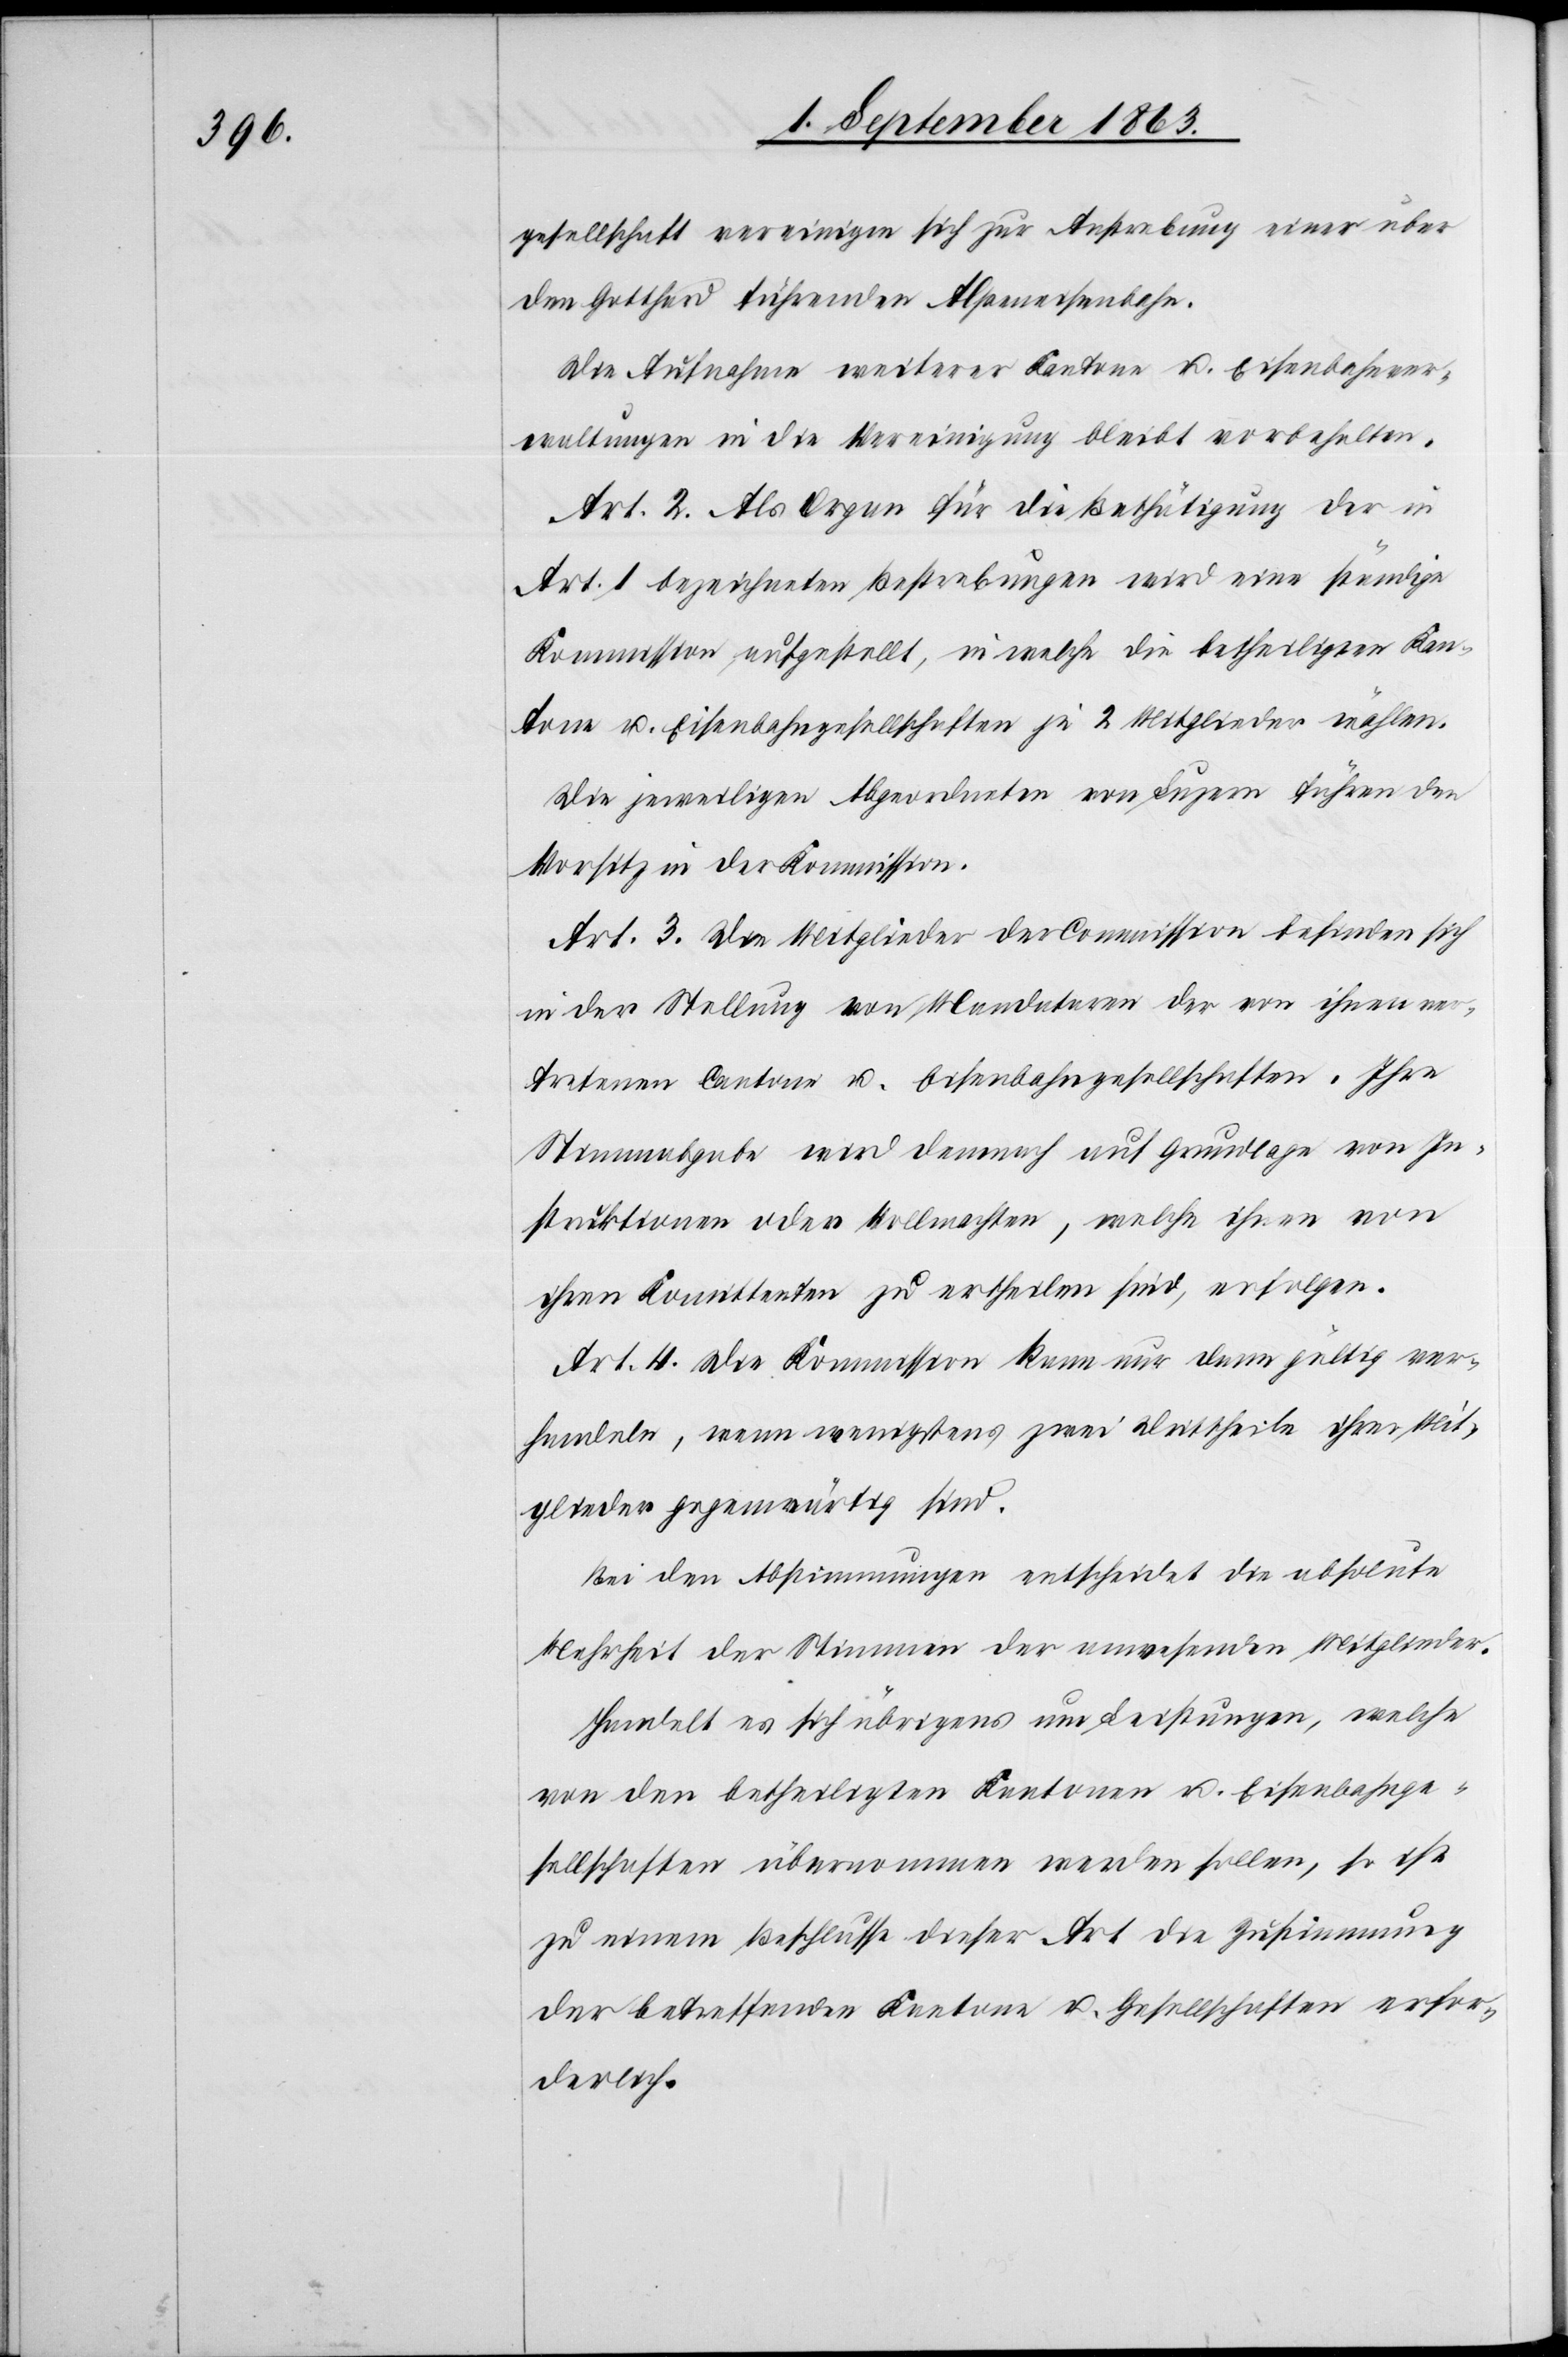
gesellschaft vereinigen sich zur Anstrebung einer über
den Gotthard führenden Alpeneisenbahn.
Die Aufnahme weiterer Kantone u. Eisenbahnver¬
waltungen in die Vereinigung bleibt vorbehalten.
Art. 2. Als Organ für die Bethätigung der in
Art. 1 bezeichneten Bestrebungen wird eine ständige
Kommission aufgestellt, in welche die betheiligten Kan¬
tone u. Eisenbahngesellschaften je 2 Mitglieder wählen.
Die jeweiligen Abgeordneten von Luzern führen den
Vorsitz in der Kommission.
Art. 3. Die Mitglieder der Commission befinden sich
in der Stellung von Mandatoren der von ihnen ver¬
tretenen Cantone u. Eisenbahngesellschaften. Ihre
Stimmabgabe wird demnach auf Grundlage von In¬
struktionen oder Vollmachten, welche ihnen von
ihren Komittenten zu ertheilen sind, erfolgen.
Art. 4. Die Kommission kann nur dann gültig ver¬
handeln, wenn wenigstens zwei Drittheile ihrer Mit¬
glieder gegenwärtig sind.
Bei den Abstimmungen entscheidet die absolute
Mehrheit der Stimmen der anwesenden Mitglieder.
Handelt es sich übrigens um Leistungen, welche
von den betheiligten Kantonen u. Eisenbahnge¬
sellschaften übernommen werden sollen, so ist
zu einem Beschlusse dieser Art die Zustimmung
der betreffenden Kantone u. Gesellschaften erfor¬
derlich.